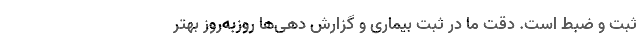
ثبت و ضبط است. دقت ما در ثبت بیماری و گزارش ‌دهی‌ها روزبه‌روز بهتر